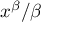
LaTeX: x ^ { \beta } / \beta